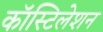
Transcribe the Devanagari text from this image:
कॉस्टिलेशन